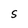
Character: S